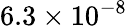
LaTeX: {6.3\times 10^{-8}}